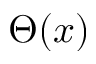
\Theta ( x )